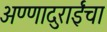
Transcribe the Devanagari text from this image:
अण्णादुराईंचा